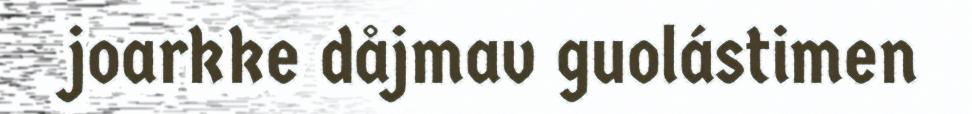
joarkke dåjmav guolástimen